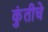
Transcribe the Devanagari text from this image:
कुंतीचे